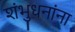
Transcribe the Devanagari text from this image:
शंभुधनांना